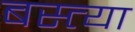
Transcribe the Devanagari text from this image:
बस्त्या